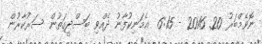
ނޮވެމްބަރު 20